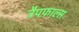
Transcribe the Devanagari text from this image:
ट्रैपफ़ाल्स